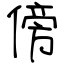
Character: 傍